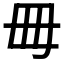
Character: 𣫬